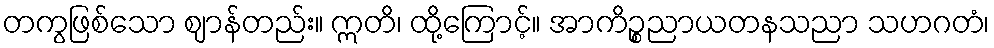
တကွဖြစ်သော ဈာန်တည်း။ ဣတိ၊ ထို့ကြောင့်။ အာကိဉ္စညာယတနသညာ သဟဂတံ၊